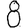
Digit: 8